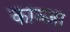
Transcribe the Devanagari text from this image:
काञ्ज़ा